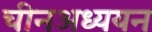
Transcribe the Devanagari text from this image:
चीनअध्ययन